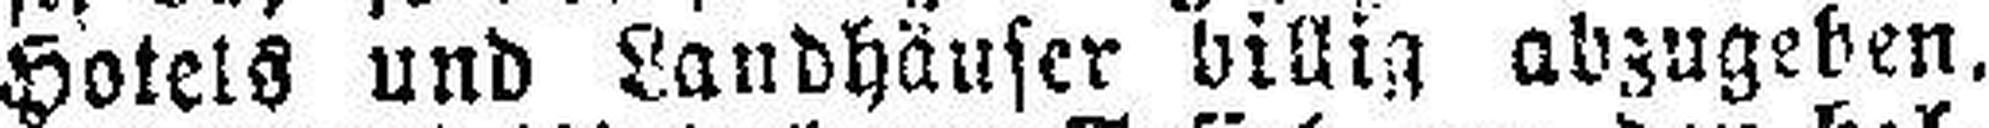
Hotels und Landhäuser billig abzugeben,